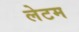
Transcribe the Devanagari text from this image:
लेटम